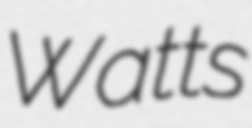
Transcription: Watts